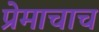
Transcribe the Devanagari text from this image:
प्रेमाचाच